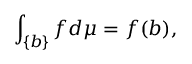
\int _ { \{ b \} } f d \mu = f ( b ) ,